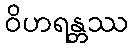
ဝိဟရန္တဿ